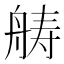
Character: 𮎍